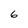
Character: 6